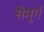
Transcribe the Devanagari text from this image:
सेमुर्ग